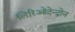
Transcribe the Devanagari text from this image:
लिरिओदेन्द्रोन